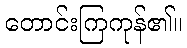
တောင်းကြကုန်၏။